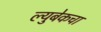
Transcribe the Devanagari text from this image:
ल्युबेकचा